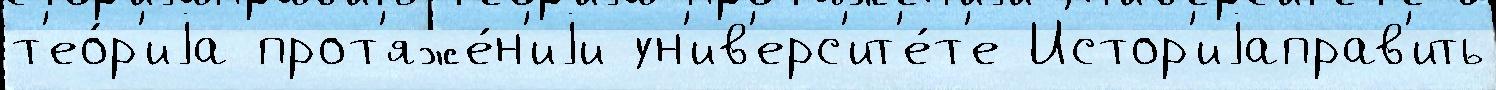
т'ео́р'иjа прот'яже́н'иjи ун'ив'ерс'ит'е́т'е Истор'иjаправ'ить